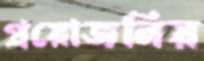
প্রয়োজনিয়